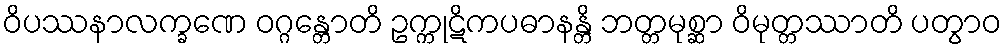
ဝိပဿနာလက္ခဏေ ဝဂ္ဂန္တောတိ ဥက္ကုဋိကပဓာနန္တိ ဘတ္တမုစ္ဆာ ဝိမုတ္တဿာတိ ပတွာဝ